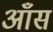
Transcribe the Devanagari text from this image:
आँस